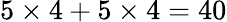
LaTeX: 5\times 4+5\times 4=40